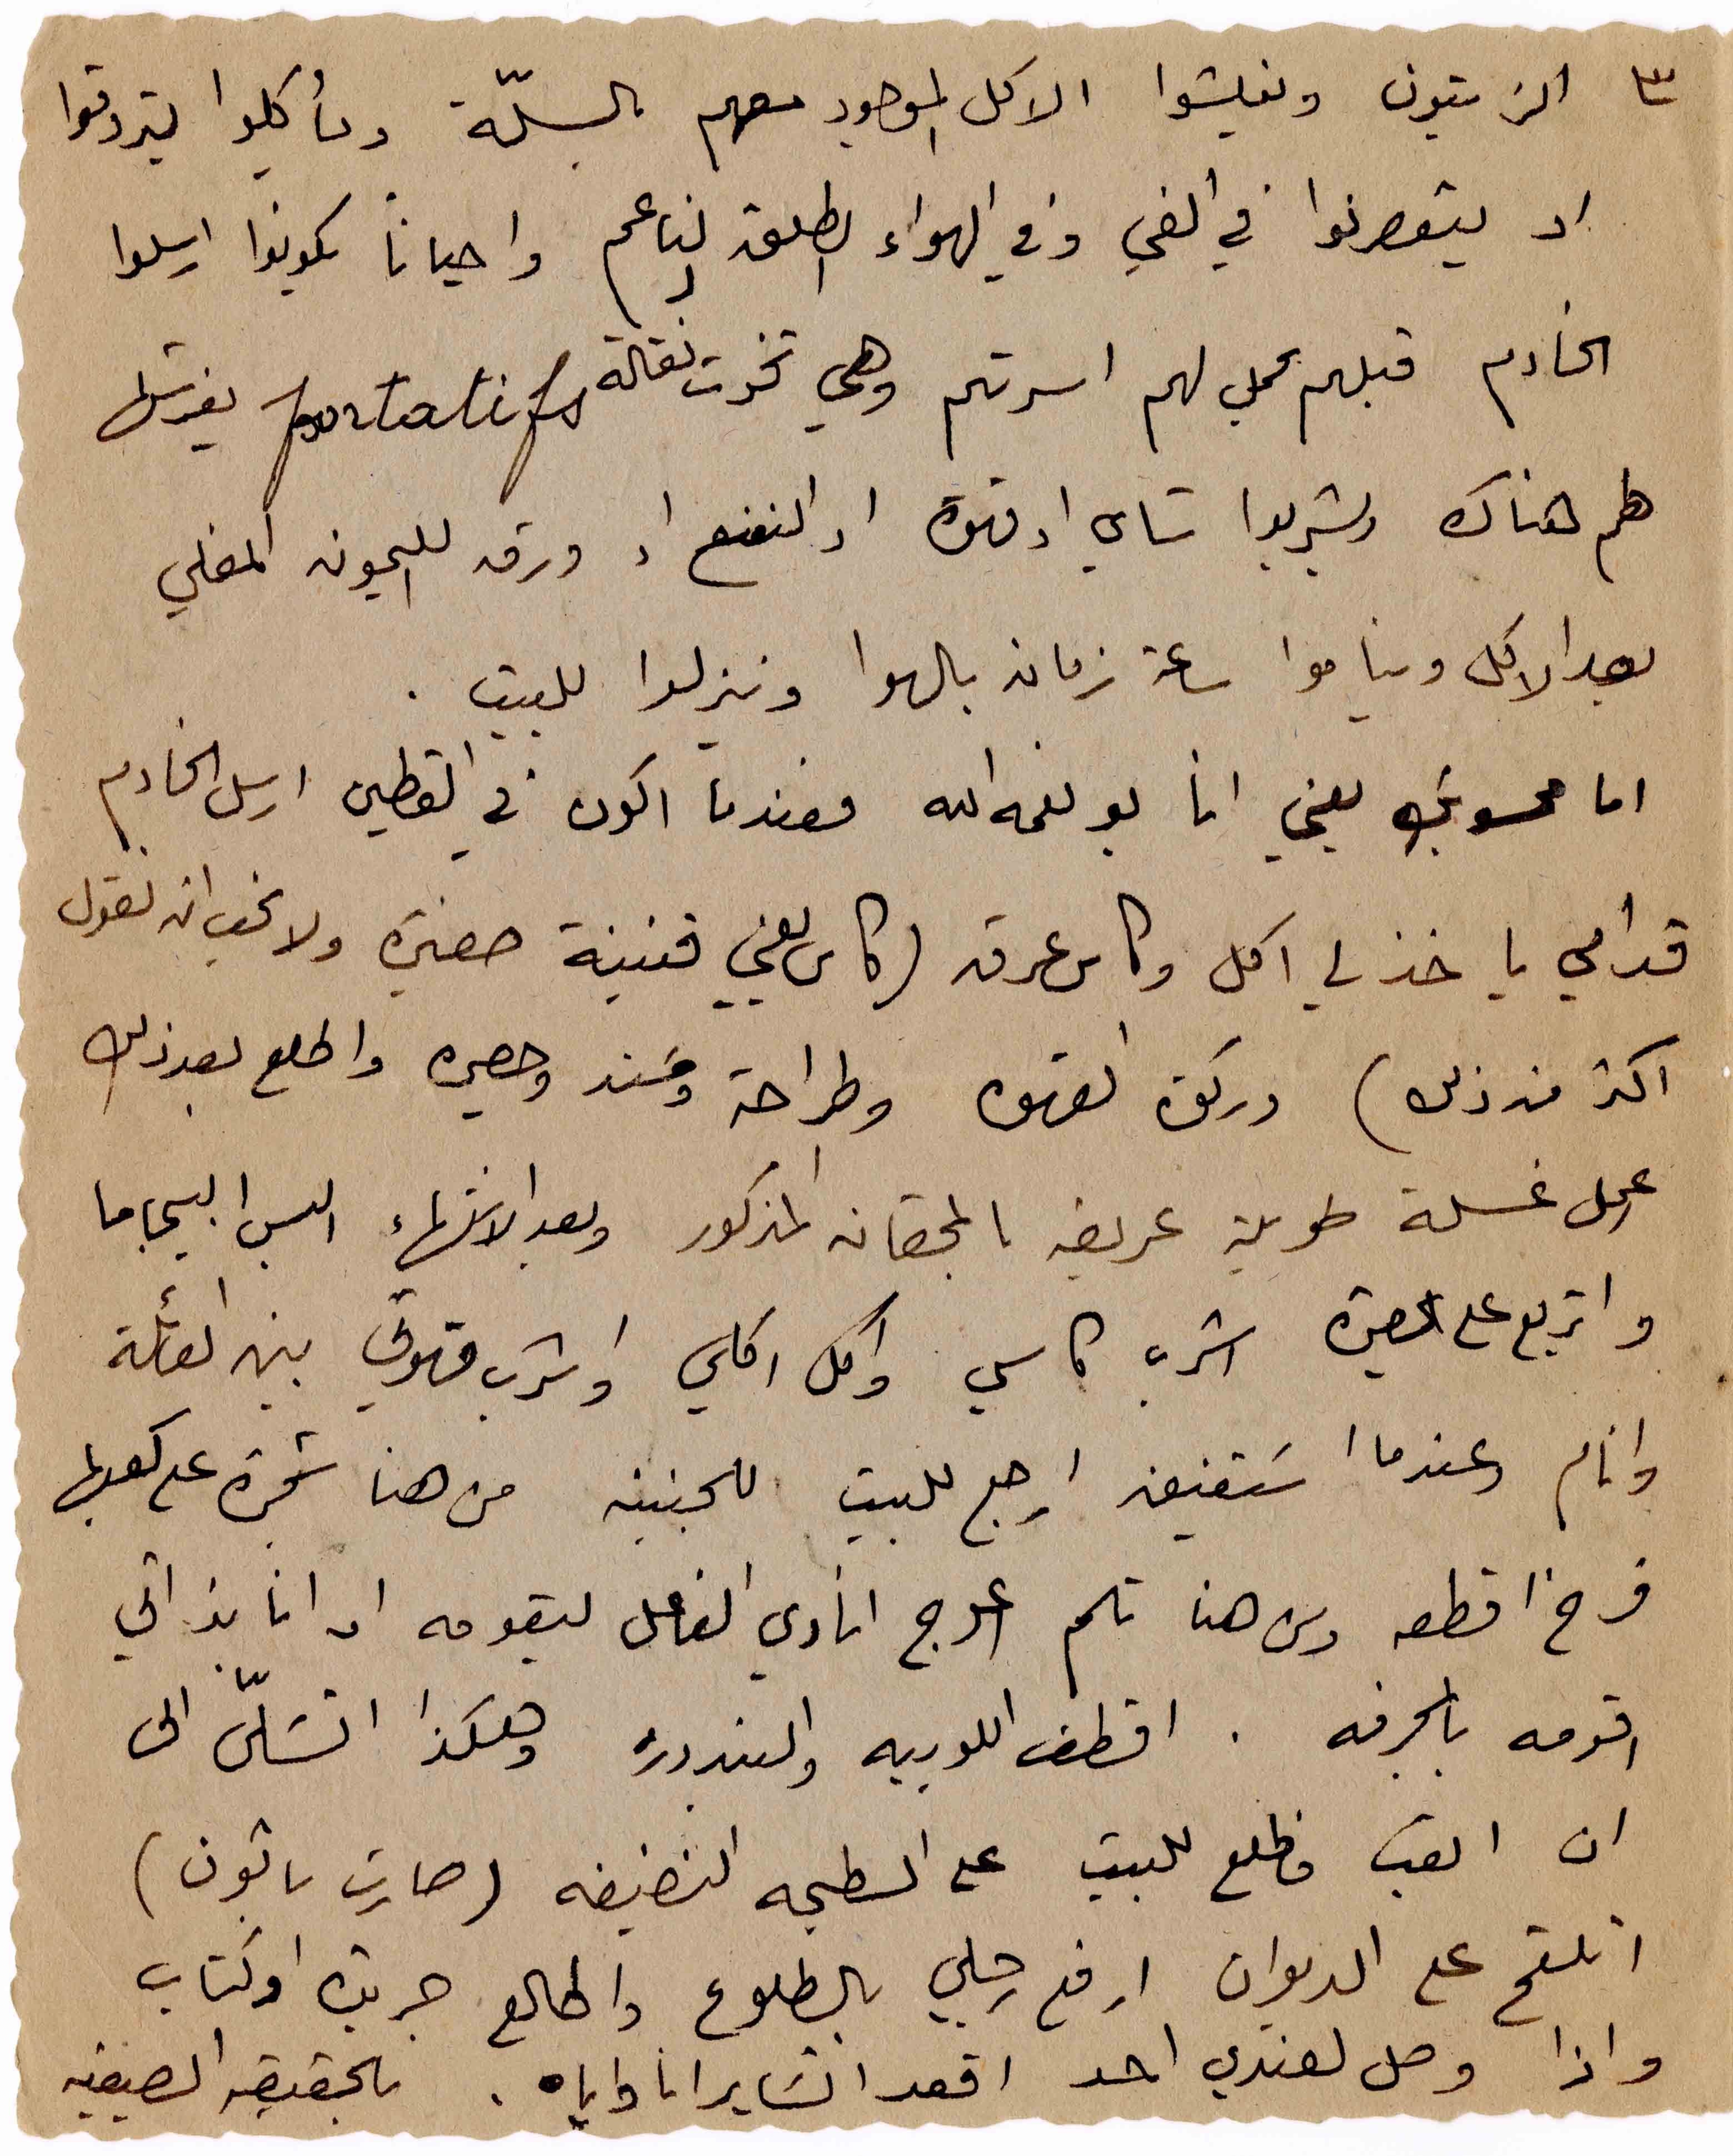
٣
الزيتون ويفلشوا الاكل الموجود معهم بالسلّة. ويأكلوا يتروقوا
او يتعصرنوا في الفي وفي الهواء الطلق الناعم واحيانا يكونوا ارسلوا
الخادم قبلهم يحمل لهم اسرتهم وهي تخوت نقالة portatifs يفرشها
لهم هناك ويشربوا شاي اوقهوة او النعنع او ورق الليمون المغلي
بعد الاكل ويناموا ساعة زمان بالهوا وينزلوا للبيت.
اما محسوبك يعني انا بو نعمه الله فعندما اكون في القطين ارسل الخادم
قدامي ياخذ لي اكل وكاس عرق (كاس يعني قنينة صغيرة ولا نحب ان نقول
اكثر من ذلك) وركوة القهوة وطراحة ومسند وحصيرة واطلع بعد ذلك
اعمل غسلة طويلة عريضة بالمحقان المذكور وبعد الانتهاء البس البيجاما
واتربع على الحصيرة اشرب كاسي واكل اكلي واشرب قهوتي بين العائلة
وانام وعندما استفيق ارجع للبيت للجنينه من هنا شجرة على كعبها
فرخ اقطعه ومن هنا تلم اعوج انادي الفاعل ليقومه او انا بذاتي
اقومه بالمجرفة. اقطف اللوبيه والبندروره وهكذا اتسَلّى الى
ان اتعب فاطلع للبيت على السطيحه النضيفه ( صارت باتون )
اتلقح على الديوان ارفع رجلي بالطلوع واطالع جريدة او كتاب
واذا وصل لعندي احد اقعد اتساير انا واياه . بالحقيقة الصيفيه